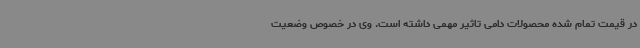
در قیمت تمام شده محصولات دامی تاثیر مهمی داشته است. وی در خصوص وضعیت